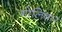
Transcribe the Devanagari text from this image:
गोलिबार